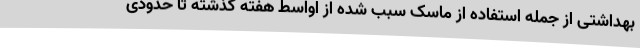
بهداشتی از جمله استفاده از ماسک سبب شده از اواسط هفته گذشته تا حدودی